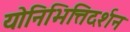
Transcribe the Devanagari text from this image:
योनिभित्तिदर्शन